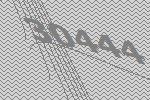
30444